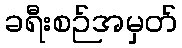
ခရီးစဉ်အမှတ်